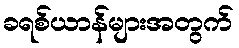
ခရစ်ယာန်များအတွက်